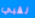
لقبي